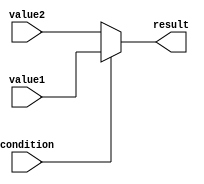
module conditional_assignment (
    input wire condition,      // Condition signal (1-bit)
    input wire [7:0] value1,  // First possible value (8-bit)
    input wire [7:0] value2,  // Second possible value (8-bit)
    output reg [7:0] result    // Output signal (8-bit)
);

// Combinational logic to assign the output based on the condition
always @(*) begin
    result = (condition) ? value1 : value2; // Conditional operator assignment
end

endmodule